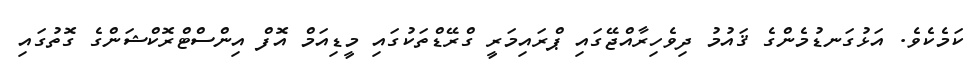
ކަމެކެވެ. އަޅުގަނޑުމެންގެ ޤައުމު ދިވެހިރާއްޖޭގައި ޕްރައިމަރީ ގްރޭޑްތަކުގައި މީޑިއަމް އޮފް އިންސްޓްރޮކްޝަންގެ ގޮތުގައި